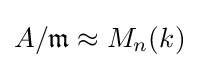
A/{\mathfrak {m}}\approx M_{n}(k)